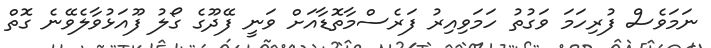
ނަމަވެސް ފުރިހަމަ ވަގުތު ހަމަވިއިރު ފަރެސްމާތޮޑާއަށް ވަނީ ފޭދޫގެ ގޯލު ފޫއަޅުވާލެވޭނެ ގޮތް